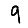
Digit: 9